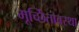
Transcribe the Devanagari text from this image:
मूर्च्छितावस्था